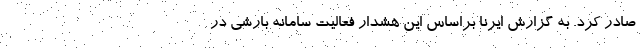
صادر کرد. به گزارش ایرنا براساس این هشدار فعالیت سامانه بارشی در